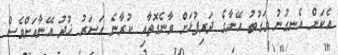
އެކަން އެނގުނު ވަގުތު އޭނާގެ ދަރިފުޅަށް ވާނެގޮތާއި ކުރާނެ އަސަރު ޚުދު އޭނާއަށްވެސް